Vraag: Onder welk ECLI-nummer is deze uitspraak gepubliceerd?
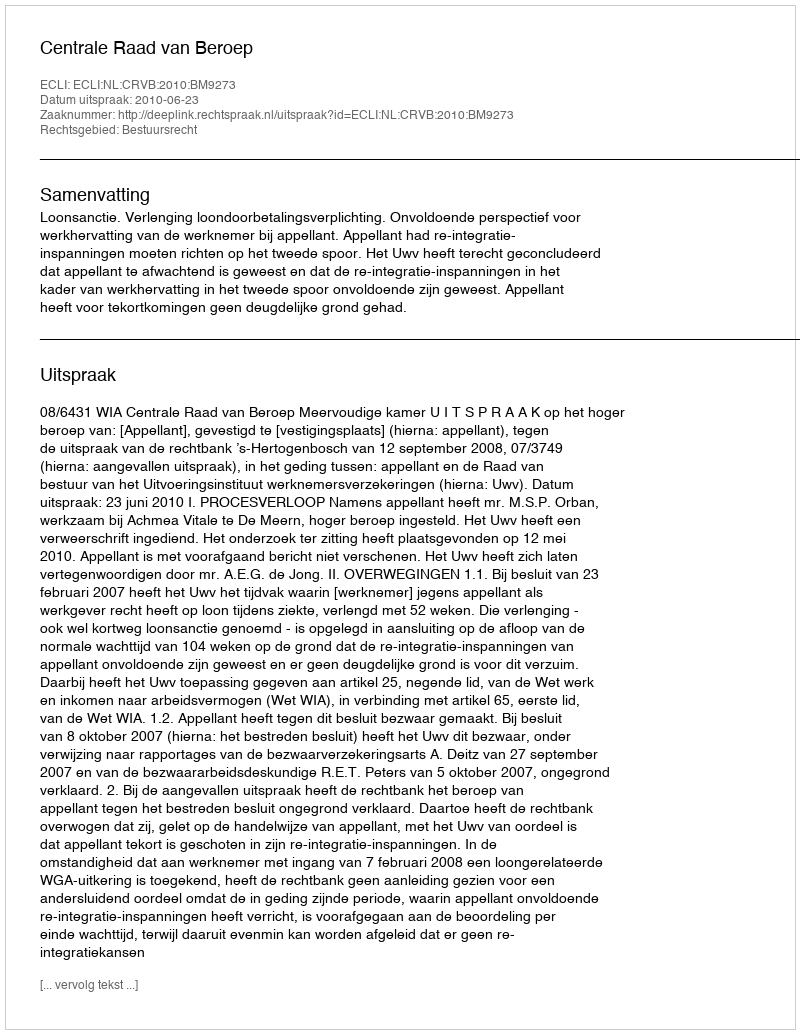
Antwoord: ECLI:NL:CRVB:2010:BM9273